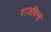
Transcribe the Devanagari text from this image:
राजचिन्हं